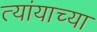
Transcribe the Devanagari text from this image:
त्यांयाच्या